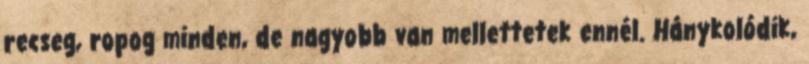
recseg, ropog minden, de nagyobb van mellettetek ennél. Hánykolódik,